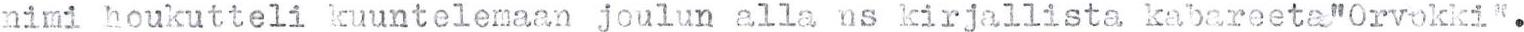
nimi houkutteli kuuntelemaan joulun alla ns kirjallista kabareeta "Orvokki".